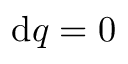
\mathrm { d } q = 0